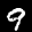
Label: 9